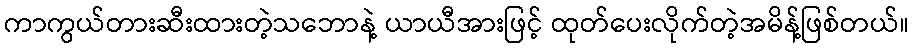
ကာကွယ်တားဆီးထားတဲ့သဘောနဲ့ ယာယီအားဖြင့် ထုတ်ပေးလိုက်တဲ့အမိန့်ဖြစ်တယ်။